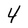
Character: 4